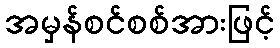
အမှန်စင်စစ်အားဖြင့်